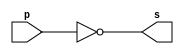
//----------------
// TP02 EXTRA - 451542
//----------------

module base(output[7:0] s, input[7:0] p);
assign s = ~p;
endmodule //base

module testbase;
//------------------
	 reg[7:0]a;
	wire[7:0]s;
//------------------
base BASE(s, a);
initial begin:start
	a = 'b00000001;
	end
	
	initial begin
	a = 'b00000001;
	
	#1 $display("Complemento 1: %b = %5b", a, s);
	
	end
endmodule //test_base